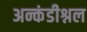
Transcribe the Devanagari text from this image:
अन्कंडीश्नल